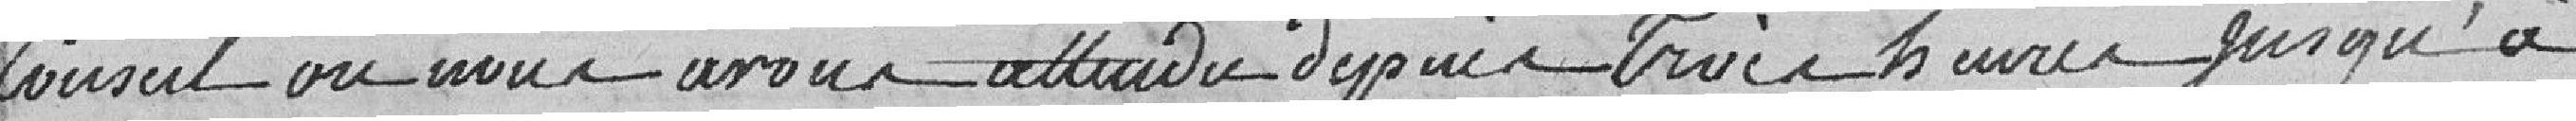
Conseil où nous avons attendu depuis trois heures jusqu'à